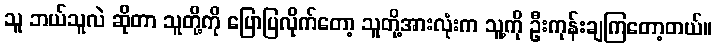
သူ ဘယ်သူလဲ ဆိုတာ သူတို့ကို ပြောပြလိုက်တော့ သူတို့အားလုံးက သူ့ကို ဦးကုန်းချကြတော့တယ်။